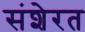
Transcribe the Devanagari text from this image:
संशेरत